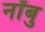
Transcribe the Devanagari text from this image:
नॉबु